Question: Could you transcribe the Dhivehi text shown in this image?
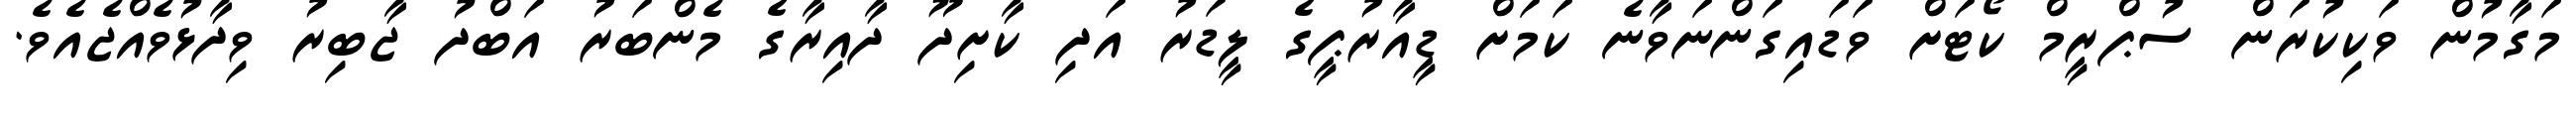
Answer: މަގާމުން ވަކިކުރަން ސުޕްރީމް ކޯޓަށް ވަޑައިގަންނަވާނެ ކަމަށް ޑީއާރުޕީގެ ލީޑަރު އަދި ކާށިދޫ ދާއިރާގެ މެންބަރު އަބްދު ޖާބިރު ވިދާޅުވެއްޖެއެވެ.